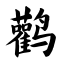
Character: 鹳